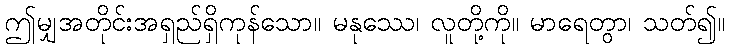
ဤမျှအတိုင်းအရှည်ရှိကုန်သော။ မနုဿေ၊ လူတို့ကို။ မာရေတွာ၊ သတ်၍။